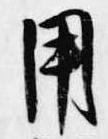
用